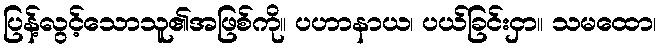
ပြန့်လွင့်သောသူ၏အဖြစ်ကို။ ပဟာနာယ၊ ပယ်ခြင်းငှာ။ သမထော၊